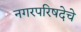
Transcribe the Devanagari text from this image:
नगरपरिषदेचे